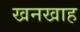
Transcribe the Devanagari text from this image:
खनखाह